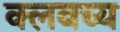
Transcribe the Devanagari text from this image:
क्लबच्य